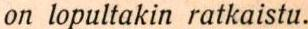
on lopultakin ratkaistu.